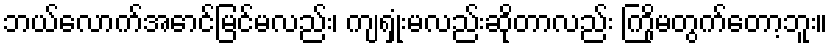
ဘယ်လောက်အောင်မြင်မလည်း၊ ကျရှုံးမလည်းဆိုတာလည်း ကြိုမတွက်တော့ဘူး။